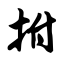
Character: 拊